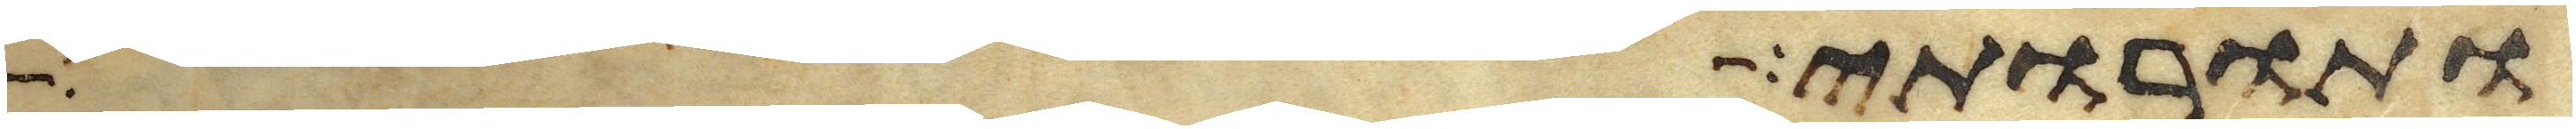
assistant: ותורותי